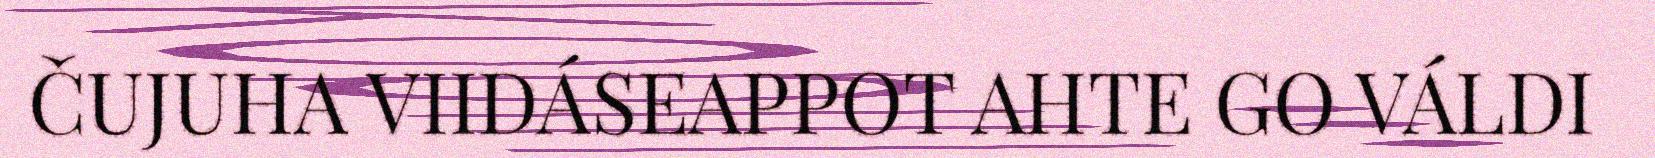
ČUJUHA VIIDÁSEAPPOT AHTE GO VÁLDI